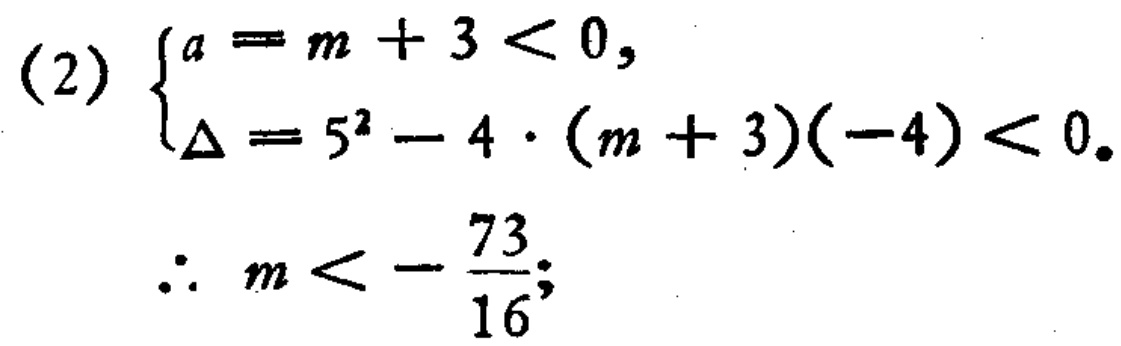
(2) \(\begin{cases}
a = m + 3 < 0, \\
\Delta = 5^{2}-4\cdot(m + 3)(-4)<0.
\end{cases}\)
\(\therefore m<-\frac{73}{16}\);